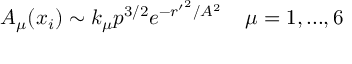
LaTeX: A _ { \mu } ( x _ { i } ) \sim k _ { \mu } p ^ { 3 / 2 } e ^ { - { r ^ { \prime } } ^ { 2 } / A ^ { 2 } } \; \; \; \; \mu = 1 , . . . , 6